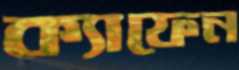
ক্যাফেন